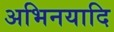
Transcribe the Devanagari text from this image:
अभिनयादि